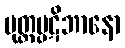
မုတ္တပ္ပဋိဘာနော